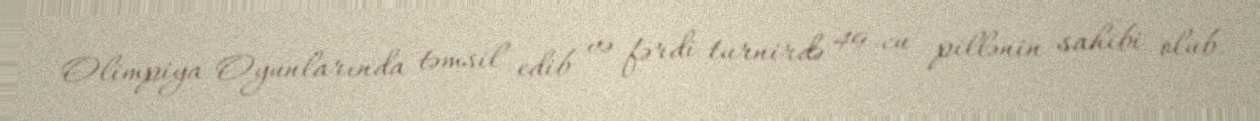
Olimpiya Oyunlarında təmsil edib və fərdi turnirdə 49-cu pillənin sahibi olub.